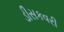
ડીસકવરી